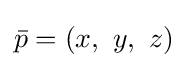
{\bar {p}}=(x,\ y,\ z)